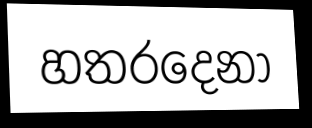
හතරදෙනා